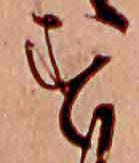
す